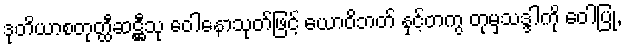
ဒုတိယာစတုတ္ထီဆဋ္ဌီသု ဝေါနောသုတ်ဖြင့် ယောဝိဘတ် နှင့်တကွ တုမှသဒ္ဒါကို ဝေါပြု,